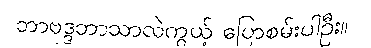
ဘာဗုဒ္ဒဘာသာလဲကွယ့် ပြောစမ်းပါဦး။